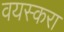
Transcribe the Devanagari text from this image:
वयस्करा